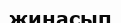
жинасып